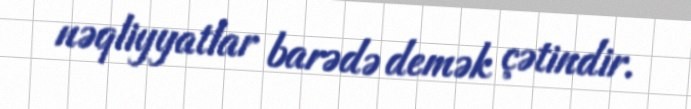
nəqliyyatlar barədə demək çətindir.